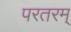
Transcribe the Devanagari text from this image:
परतरम्